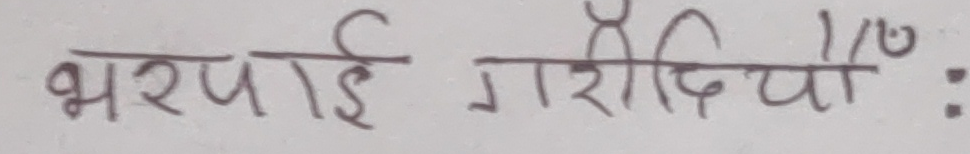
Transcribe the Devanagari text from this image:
भरपाई गरियोँ :